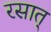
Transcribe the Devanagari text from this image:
रसात्